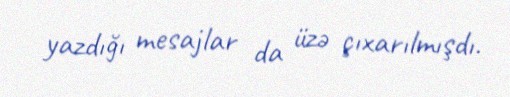
yazdığı mesajlar da üzə çıxarılmışdı.